Sketch of the medical history of the native army of Bombay, for the year
Year: 1875
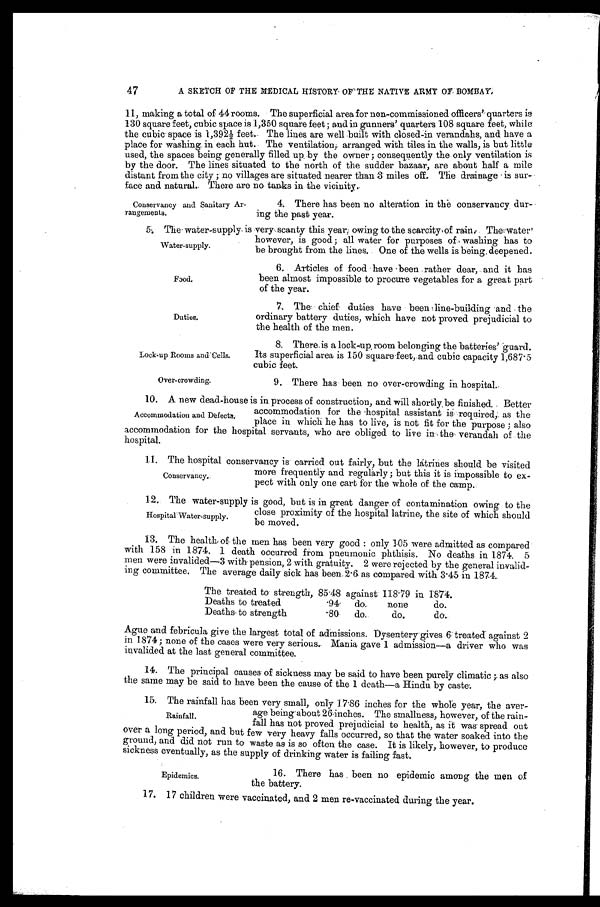
Water-supply.
Food.
Duties.
Lock-up Rooms and Cells.
Over-crowding.
A SKETCH OF THE MEDICAL HISTORY OF THE NATIVE ARMY OF BOMBAY.
11, making a total of 44 rooms. The superficial area for non-commissioned officers' quarters is
130 square feet, cubic space is 1,350 square feet; and in gunners' quarters 108 square feet, while
the cubic space is 1,392½ feet. The lines are well built with closed-in verandahs, and have a
place for washing in each hut. The ventilation,. arranged with tiles in the walls, is but little
used, the spaces being generally filled up by the owner; consequently the only ventilation is
by the door. The lines situated to the north of the sudder bazaar, are about half a mile
distant from the city; no villages are situated nearer than 3 miles off. The drainage is sur
- f a c e a n d n a t u r a l . T h e r e a r e n o t a n k s i n t h e v i c i n i t y .
47
Conservancy and Sanitary Ar
-rangements.
4. There has been no alteration in the conservancy dur
-ing the past year.
5. The water-supply is very scanty this year, owing to the scarcity, of rain. The water
however, is good; all water for purposes of washing has to
be brought from the lines. One of the wells is being deepened.
6. Articles of food have been rather dear, and it has
been almost impossible to procure vegetables for a great part
of the year.
7. The chief duties have been line-building and the
ordinary battery duties, which have not proved prejudicial to
the health of the men.
8. There is a lock-up room belonging the batteries' guard.
Its superficial area is 150 square feet, and cubic capacity 1,687.5
cubic feet.
9. There has been no over-crowding in hospital.
10. A new dead-house is in process of construction, and will shortly be finished. Better
accommodation for the hospital assistant is required; as the
place in which he has to live, is not fit for the purpose; also
accommodation for the hospital servants, who are obliged to live in the verandah of the
hospital.
1 1 . T h e h o s p i t a l c o n s e r v a n c y i s c a r r i e d o u t f a i r l y , b u t t h e l a t r i n e s s h o u l d b e v i s i t e d
more frequently and regularly; but this it is impossible to ex
-pect with only one cart for the whole of the camp.
1 2 . T h e w a t e r - s u p p l y i s g o o d , b u t i s i n g r e a t d a n g e r o f c o n t a m i n a t i o n o w i n g t o t h e
close proximity of the hospital latrine, the site of which should
be moved.
13. The health of the men has been very good: only 105 were admitted as compared
with 158 in 1874. 1 death occurred from pneumonic phthisis. No deaths in 1874. 5
men were invalided—3 with pension, 2 with gratuity. 2 were rejected by the general invalid
- i n g c o m m i t t e e . T h e a v e r a g e d a i l y s i c k h a s b e e n . 2 . 6 . a s c o m p a r e d w i t h 3 . 4 5 i n 1 8 7 4 .
The treated to strength, 85.48 against 118.79 in 1874.
Deaths to treated .94 do. none do.
Deaths to strength .80 do. do. do.
Ague and febricula give the largest total of admissions. Dysentery gives 6 treated against 2
in 1874; none of the cases were very serious. Mania gave 1 admission—a driver who was
invalided at the last general committee.
14. The principal causes of sickness may be said to have been purely climatic; as also
the same may be said to have been the cause of the 1 death—a Hindu by caste.
15. The rainfall has been very small, only 17.86 inches for the whole year, the aver
-age being about 26 inches. The smallness, however, of the rain
-fall has not proved prejudicial to health, as it was spread out
over a long period, and but few very heavy falls occurred, so that the water soaked into the
ground, and did not run to waste as is so often the case. It is likely, however, to produce
sickness eventually, as the supply of drinking water is failing fast.
Accommodation and Defects.
Conservancy.
Hospital Water-supply.
Rainfall.
Epidemics.
16. There has been no epidemic among the men of
the battery.
17. 17 children were vaccinated, and 2 men re-vaccinated during the year.